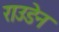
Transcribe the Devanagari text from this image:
राउडेन